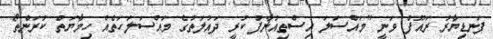
ފަނޑިޔާރު ރައޫފް ވަނީ "މައްސަލަ އިސްތިއުނާފު ކުރީ ދައުލަތުގެ މައްސަލަހަތެއް ހިމާޔަތް ކުރަންތޯ